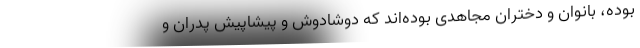
بوده، بانوان و دختران مجاهدی بوده‌اند که دوشادوش و پیشاپیش پدران و